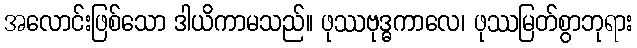
အလောင်းဖြစ်သော ဒါယိကာမသည်။ ဖုဿဗုဒ္ဓကာလေ၊ ဖုဿမြတ်စွာဘုရား